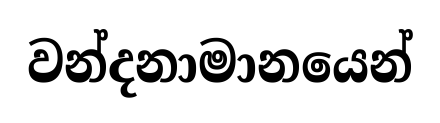
වන්දනාමානයෙන්